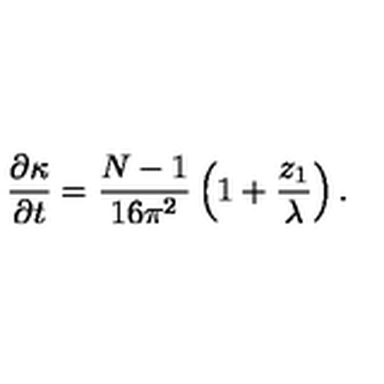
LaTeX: \frac { \partial \kappa } { \partial t } = \frac { N - 1 } { 1 6 \pi ^ { 2 } } \left( 1 + \frac { z _ { 1 } } { \lambda } \right) .